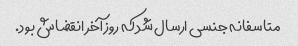
متاسفانه جنسی ارسال شد که روز آخر انقضاش بود.